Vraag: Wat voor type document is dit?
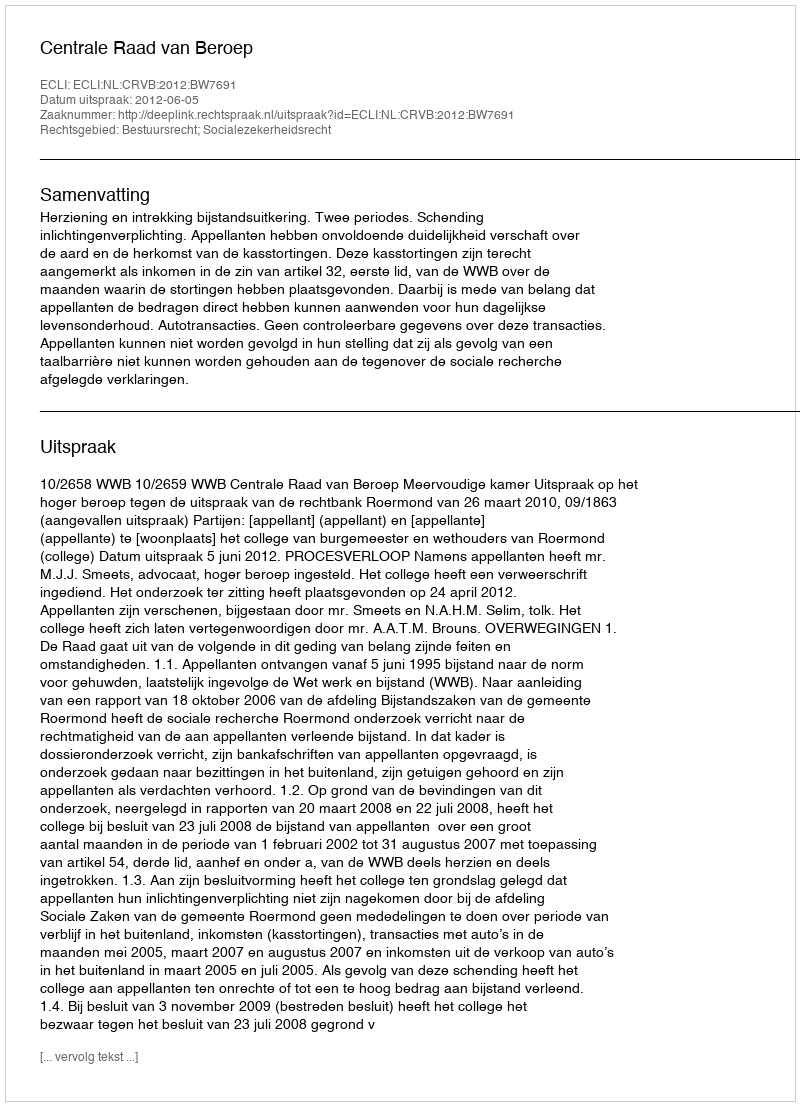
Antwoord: Uitspraak